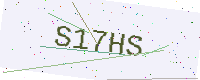
Text: S17HS